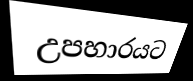
උපහාරයට